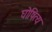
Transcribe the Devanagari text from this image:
घोषित्य